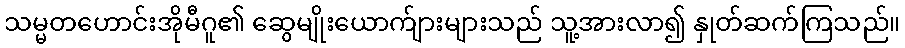
သမ္မတဟောင်းအိုမီဂူ၏ ဆွေမျိုးယောက်ျားများသည် သူ့အားလာ၍ နှုတ်ဆက်ကြသည်။